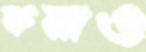
কমাও